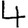
Digit: 4